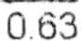
0.63